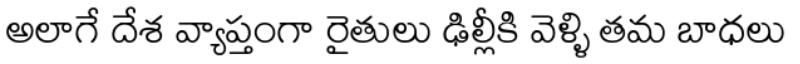
అలాగే దేశ వ్యాప్తంగా రైతులు ఢిల్లీకి వెళ్ళి తమ బాధలు